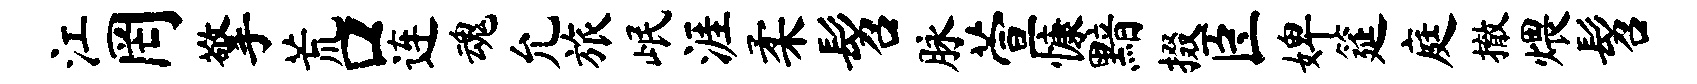
江罔擎荒口连魂允旅岷涯柔髫脉萱慷黯掇臣婢筵庭撤煨髫